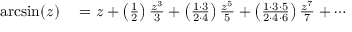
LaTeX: \begin{array} { r l } { \arcsin ( z ) } & { { } = z + \left( { \frac { 1 } { 2 } } \right) { \frac { z ^ { 3 } } { 3 } } + \left( { \frac { 1 \cdot 3 } { 2 \cdot 4 } } \right) { \frac { z ^ { 5 } } { 5 } } + \left( { \frac { 1 \cdot 3 \cdot 5 } { 2 \cdot 4 \cdot 6 } } \right) { \frac { z ^ { 7 } } { 7 } } + \cdots } \end{array}